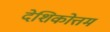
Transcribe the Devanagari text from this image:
देशिकोत्तम